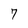
Character: 7